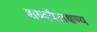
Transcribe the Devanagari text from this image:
शब्दवैलक्षण्य